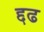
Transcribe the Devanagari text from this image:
द्दढ